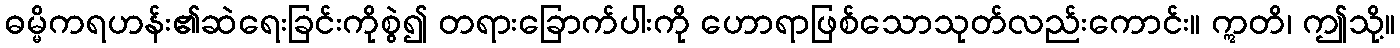
ဓမ္မိကရဟန်း၏ဆဲရေးခြင်းကိုစွဲ၍ တရားခြောက်ပါးကို ဟောရာဖြစ်သောသုတ်လည်းကောင်း။ ဣတိ၊ ဤသို့။